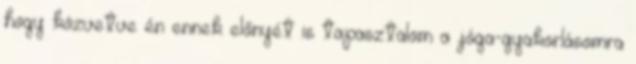
hogy közvetve én ennek előnyét is tapasztalom a jóga-gyakorlásomra